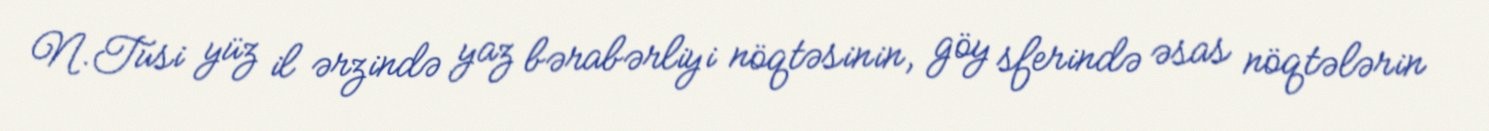
N.Tusi yüz il ərzində yaz bərabərliyi nöqtəsinin, göy sferində əsas nöqtələrin